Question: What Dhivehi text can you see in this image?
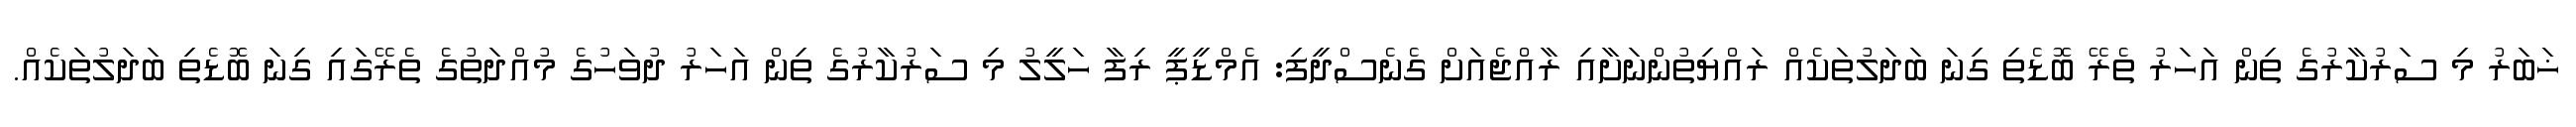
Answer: ޚަބަރު މި ސަރުކާރުގެ ތިން އަހަރު ތެރޭ ބޮޑެތި ގިނަ ބަދަލުތަކެއް ރައްޔިތުންނަށާއި ރާއްޖެއަށް ގެނެސްދީފި: އެމްޑީޕީ ރިފާ ހަލީލު މި ސަރުކާރުގެ ތިން އަހަރު ދުވަހުގެ މުއްދަތުގެ ތެރޭގައި ގިނަ ބޮޑެތި ބަދަލުތަކެއް.